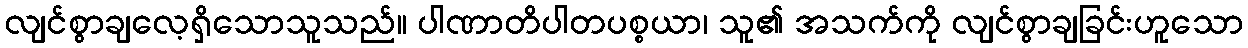
လျင်စွာချလေ့ရှိသောသူသည်။ ပါဏာတိပါတပစ္စယာ၊ သူ၏ အသက်ကို လျင်စွာချခြင်းဟူသော